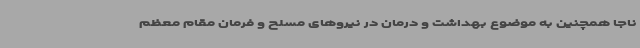
ناجا همچنین به موضوع بهداشت و درمان در نیروهای مسلح و فرمان مقام معظم